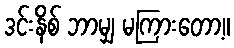
ဒင်းနိစ် ဘာမျှ မကြားတော့။